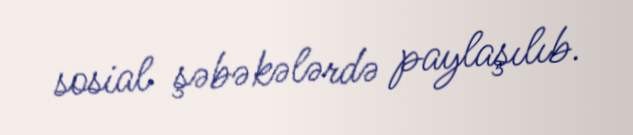
sosial şəbəkələrdə paylaşılıb.